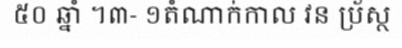
៥០ ឆ្នាំ ។៣- ១តំណាក់កាល វន ប្រ័ស្ថ